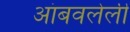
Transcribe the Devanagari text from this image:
आंबवलेली